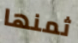
ثمنها